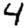
Digit: 4